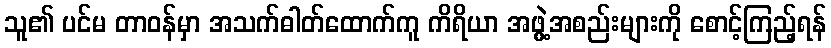
သူ၏ ပင်မ တာဝန်မှာ အသက်ဓါတ်ထောက်ကူ ကိရိယာ အဖွဲ့အစည်းများကို စောင့်ကြည့်ရန်